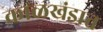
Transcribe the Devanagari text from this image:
काळखंडात